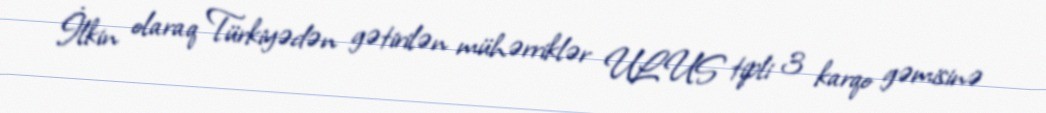
İlkin olaraq Türkiyədən gətirilən mühərriklər ULUS tipli 3 karqo gəmisinə